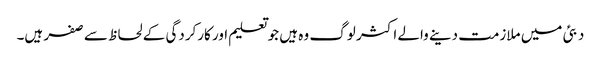
دبئی میں ملازمت دینے والے اکثر لوگ وہ ہیں جو تعلیم اور کارکردگی کے لحاظ سے صفر ہیں۔